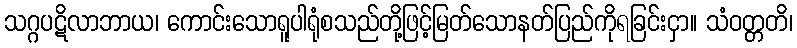
သဂ္ဂပဋိလာဘာယ၊ ကောင်းသောရူပါရုံစသည်တို့ဖြင့်မြတ်သောနတ်ပြည်ကိုရခြင်းငှာ။ သံဝတ္တတိ၊